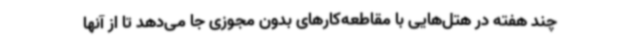
چند هفته در هتل‌هایی با مقاطعه‌کارهای بدون مجوزی جا می‌دهد تا از آنها